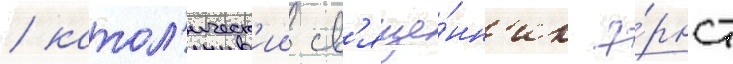
/ катол'ическ'ии св'яще́нн'ик э́рнст